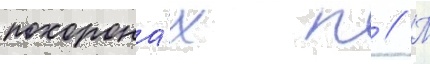
похорона́х п // П